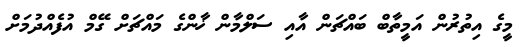
މީގެ އިތުރުން އަމީތާބް ބައްޗަން އާއި ސަލްމާން ޚާންގެ މައްޗަށް ގޭމް އުފެއްދުމަށް